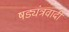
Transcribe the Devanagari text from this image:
षड्यंत्रवादी